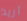
أريد